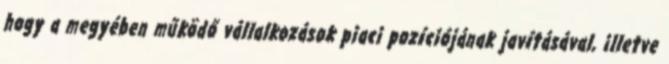
hogy a megyében működő vállalkozások piaci pozíciójának javításával, illetve